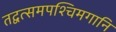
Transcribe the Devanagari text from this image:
तद्वत्समपश्चिमगानि